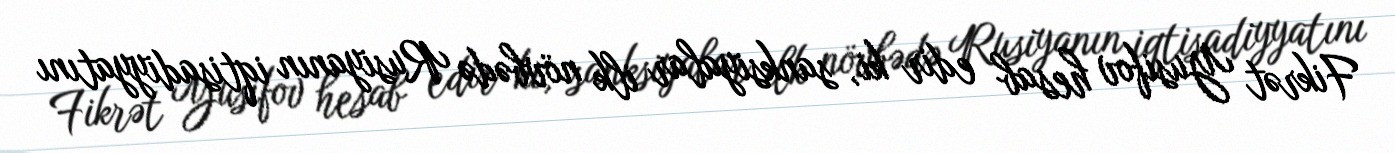
Fikrət Yusifov hesab edir ki, sanksiyalar ilk növbədə Rusiyanın iqtisadiyyatını